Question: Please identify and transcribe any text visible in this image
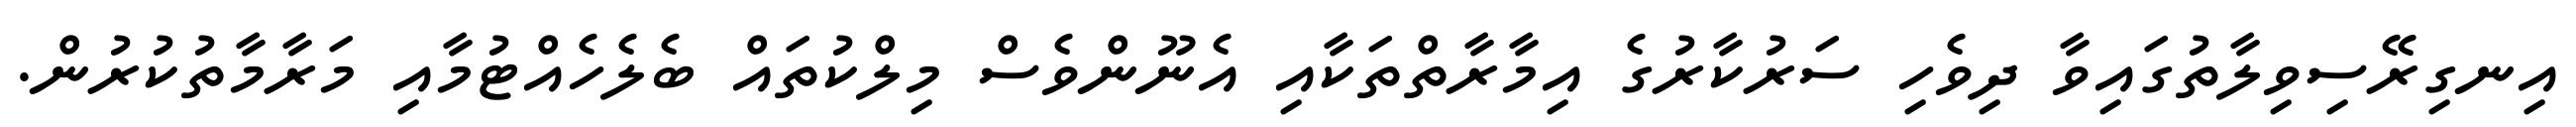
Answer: އިނގިރޭސިވިލާތުގައިވާ ދިވެހި ސަރުކާރުގެ އިމާރާތްތަކާއި އެނޫންވެސް މިލްކުތައް ބެލެހެއްޓުމާއި މަރާމާތުކުރުން.